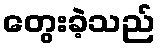
တွေးခဲ့သည်